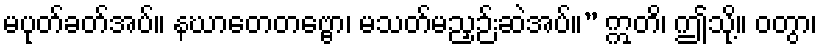
မပုတ်ခတ်အပ်။ နဃာတေတဗ္ဗော၊ မသတ်မညှဉ်းဆဲအပ်။” ဣတိ၊ ဤသို့။ ဝတွာ၊